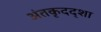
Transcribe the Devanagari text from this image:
अंतकृदद्शा